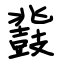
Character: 鼗